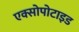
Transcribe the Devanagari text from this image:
एक्सोपोटाइड